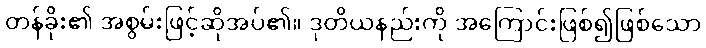
တန်ခိုး၏ အစွမ်းဖြင့်ဆိုအပ်၏။ ဒုတိယနည်းကို အကြောင်းဖြစ်၍ဖြစ်သော